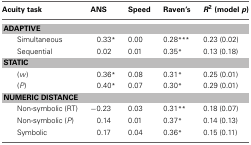
<table><thead><tr><td><b>Acuity task</b></td><td><b>ANS</b></td><td><b>Speed</b></td><td><b>Raven&#x27;s</b></td><td><b><i>R</i><sup>2</sup>(model <i>p</i>)</b></td></tr></thead><tbody><tr><td colspan="5"><b>ADAPTIVE</b></td></tr><tr><td>Simultaneous</td><td>0.33<sup>*</sup></td><td>0.00</td><td>0.28<sup>***</sup></td><td>0.23 (0.02)</td></tr><tr><td>Sequential</td><td>0.02</td><td>0.01</td><td>0.35<sup>*</sup></td><td>0.13 (0.18)</td></tr><tr><td colspan="5"><b>STATIC</b></td></tr><tr><td>(<i>w</i>)</td><td>0.36<sup>*</sup></td><td>0.08</td><td>0.31<sup>*</sup></td><td>0.25 (0.01)</td></tr><tr><td>(<i>P</i>)</td><td>0.40<sup>*</sup></td><td>0.07</td><td>0.30<sup>*</sup></td><td>0.29 (0.01)</td></tr><tr><td colspan="5"><b>NUMERIC DISTANCE</b></td></tr><tr><td>Non-symbolic (RT)</td><td>−0.23</td><td>0.03</td><td>0.31<sup>**</sup></td><td>0.18 (0.07)</td></tr><tr><td>Non-symbolic (<i>P</i>)</td><td>0.14</td><td>0.01</td><td>0.37<sup>*</sup></td><td>0.14 (0.13)</td></tr><tr><td>Symbolic</td><td>0.17</td><td>0.04</td><td>0.36<sup>*</sup></td><td>0.15 (0.11)</td></tr></tbody></table>